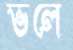
ভলে